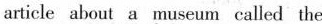
article about a museum called the